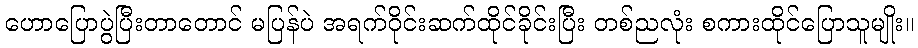
ဟောပြောပွဲပြီးတာတောင် မပြန်ပဲ အရက်ဝိုင်းဆက်ထိုင်ခိုင်းပြီး တစ်ညလုံး စကားထိုင်ပြောသူမျိုး။